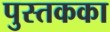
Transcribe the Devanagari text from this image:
पुस्तकका